Insane asylums in Bengal annual reports 1867-1875 - 1867-1875
Year: 1867
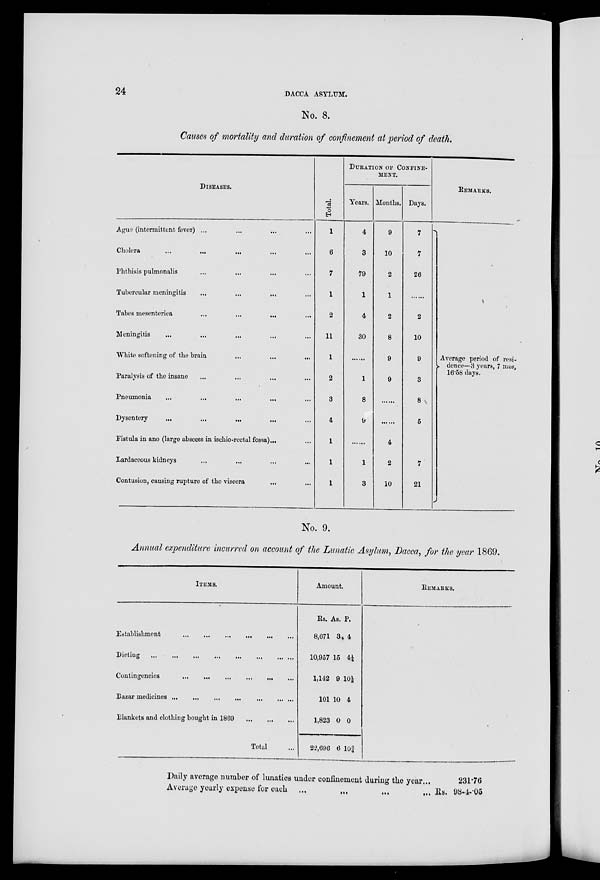
24
DACCA ASYLUM.
No. 8.
Causes of mortality and duration of confinement at period of death.
DISEASES.
Ague (intermittent fever) ...
...
... ...
Cholera ... ... ... ... ...
Phthisis pulmonalis ... ... ... ...
Tubercular meningitis ... ...
...
...
Tabes mesenterica ... ... ... ...
Meningitis ... ... ... ... ...
White softening of the brain
...
...
...
Paralysis of the insane ... ... ... ...
Pneumonia ... ... ... ... ...
Dysentery ... ... ... ... ...
Fistula in ano (large abscess in ischio-rectal fossa) . . . ...
Lardaceous kidneys ... ... ... ...
Contusion, causing rupture of the viscera ... ...
Total.
1
6
7
1
2
11
1
2
3
4
1
1
1
DURATION OF CONFINE-
----.
Years.
4
3
79
1
4
30
......
1
8
9
......
1
3
Months.
9
10
2
1
2
8
9
9
......
......
4
2
10
Days.
7
7
26
......
2
10
9
3
8
5
7
21
REMARKS.
Average period of resi-
dence—3 years, 7 mos,
16.58 days.
No. 9.
Annual expenditure incurred on account of the Lunatic Asylum, Dacca, for the year 1869.
ITEMS.
Establishment ... ... ... ... ... ...
Dieting
... ... ... ... ... ... ... ...
Contingencies
...
...
...
...
...
...
Bazar medicines
...
...
...
...
...
...
...
Blankets and clothing bought in 1869
...
...
...
Total ...
Amount.
Rs.
8,671
10,957
1,142
101
1,823
22,696
As.
3
15
9
10
0
6
P.
4
4¼
10½
4
0
10¾
REMARKS.
Daily average number of lunatics under confinement during the year...
Average yearly expense for
each
...
...
...
...
Rs.
231.76
98-4-05